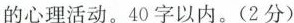
的心理活动，40字以内。（2分）